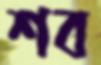
শব